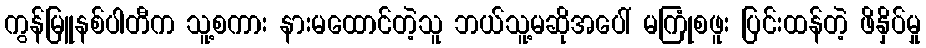
ကွန်မြူနစ်ပါတီက သူ့စကား နားမထောင်တဲ့သူ ဘယ်သူ့မဆိုအပေါ် မကြုံစဖူး ပြင်းထန်တဲ့ ဖိနှိပ်မှု